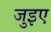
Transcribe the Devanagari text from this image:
जुइए